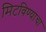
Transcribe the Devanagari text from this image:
मिटविण्याचा